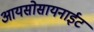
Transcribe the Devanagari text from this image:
आयसोसायनाईट